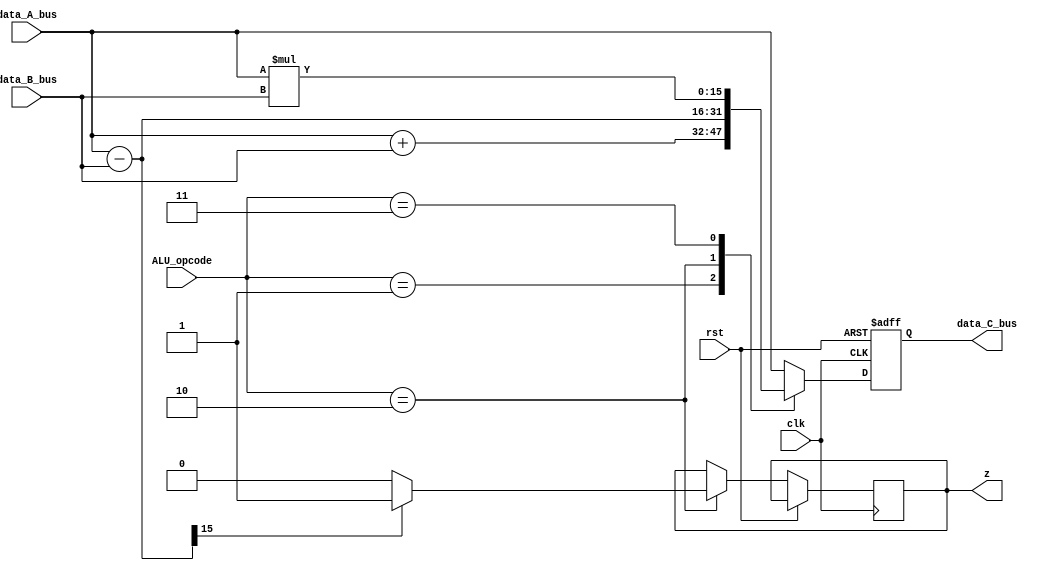
module ALU
        (input clk,rst,
        input [1:0] ALU_opcode,
        input [15:0] data_A_bus,data_B_bus,
        output reg z = 1'd0,
        output reg[15:0] data_C_bus);

	always @(posedge clk or posedge rst)
           begin
                 if ( rst ) data_C_bus <= 0;
                 else
                     begin
                         case(ALU_opcode)
                             2'd1 : data_C_bus <= data_A_bus + data_B_bus ;
                             2'd2 : begin
                                      data_C_bus = data_A_bus - data_B_bus ;  
					if ((data_C_bus[15])==1) z <=1;
					else z <=0;
                                      //negative value 10000000000010
                                    end          
                             2'd3 : data_C_bus <= data_A_bus * data_B_bus ;
                             default: data_C_bus <= data_A_bus ;
                        endcase 
                    end
           end
endmodule